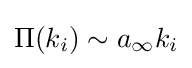
\Pi (k_{i})\sim a_{\infty }k_{i}